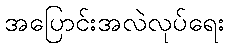
အပြောင်းအလဲလုပ်ရေး